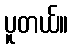
ပူတယ်။